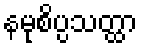
နမုစိပ္ပသတ္ထာ